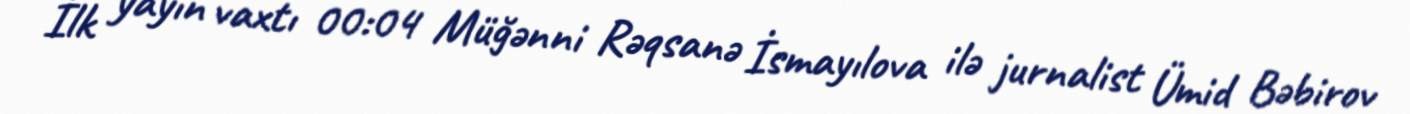
İlk yayın vaxtı 00:04 Müğənni Rəqsanə İsmayılova ilə jurnalist Ümid Bəbirov